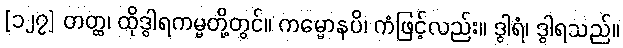
[၁၂၇] တတ္ထ၊ ထိုဒွါရကမ္မတို့တွင်။ ကမ္မောနပိ၊ ကံဖြင့်လည်း။ ဒွါရံ၊ ဒွါရသည်။